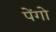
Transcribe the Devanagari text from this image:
पेंगो